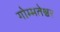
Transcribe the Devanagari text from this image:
गोम्मतेश्वर